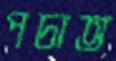
পচাত